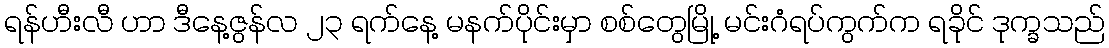
ရန်ဟီးလီ ဟာ ဒီနေ့ဇွန်လ ၂၃ ရက်နေ့ မနက်ပိုင်းမှာ စစ်တွေမြို့ မင်းဂံရပ်ကွက်က ရခိုင် ဒုက္ခသည်